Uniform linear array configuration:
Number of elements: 4
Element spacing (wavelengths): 0.25
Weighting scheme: uniform
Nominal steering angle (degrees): -60
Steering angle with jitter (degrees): -60.147
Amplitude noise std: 0.05
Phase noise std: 0.05

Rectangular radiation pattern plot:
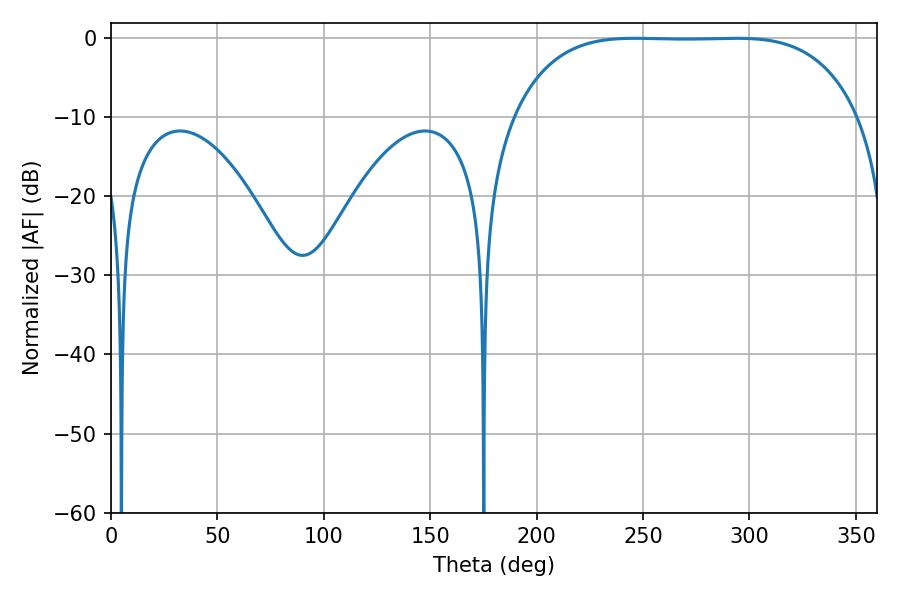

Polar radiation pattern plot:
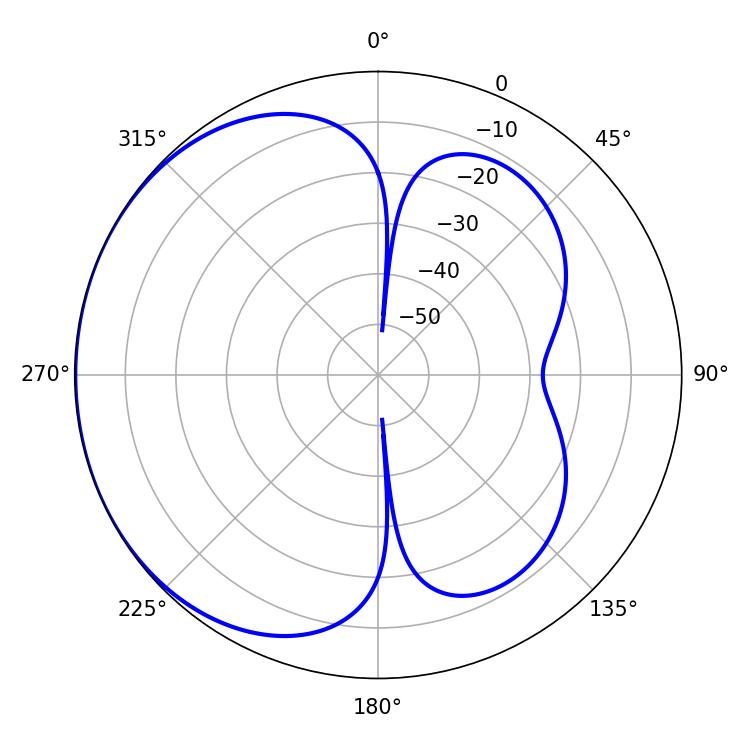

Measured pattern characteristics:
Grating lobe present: FALSE
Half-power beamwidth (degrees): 124.92
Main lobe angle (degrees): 246.24